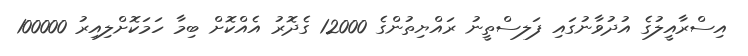
އިސްރާއީލުގެ އުދުވާނުގައި ފަލސްތީނު ރައްޔިތުންގެ 12000 ގެދޮރު އެއްކޮށް ބިމާ ހަމަކޮށްލިއިރު 100000